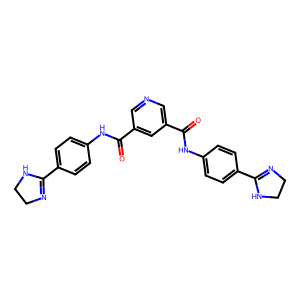
SMILES: O=C(Nc1ccc(C2=NCCN2)cc1)c1cncc(C(=O)Nc2ccc(C3=NCCN3)cc2)c1
Inhibits HIV replication: Yes